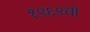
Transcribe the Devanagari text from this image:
१९६९ची